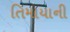
તિમાયાની